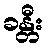
ခန္တီး